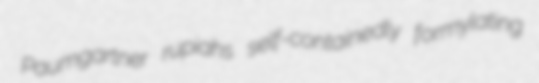
Paumgartner rupiahs self-containedly formylating